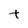
Character: t